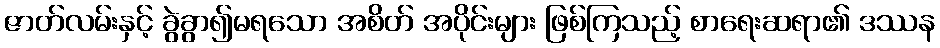
ဇာတ်လမ်းနှင့် ခွဲခွာ၍မရသော အစိတ် အပိုင်းများ ဖြစ်ကြသည့် စာရေးဆရာ၏ ဒဿန